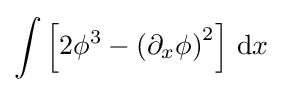
\int \left[2\phi ^{3}-\left(\partial _{x}\phi \right)^{2}\right]\,\mathrm {d} x